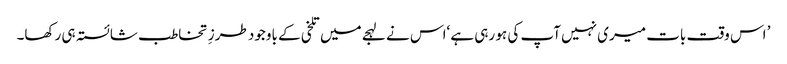
’ اس وقت بات میری نہیں آپ کی ہو رہی ہے ‘اس نے لہجے میں تلخی کے باوجود طرزِ تخاطب شائستہ ہی رکھا۔